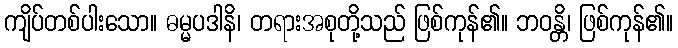
ကျိပ်တစ်ပါးသော။ ဓမ္မပဒါနိ၊ တရားအစုတို့သည် ဖြစ်ကုန်၏။ ဘဝန္တိ၊ ဖြစ်ကုန်၏။